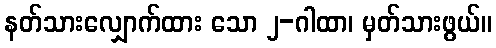
နတ်သားလျှောက်ထား သော ၂-ဂါထာ၊ မှတ်သားဖွယ်။